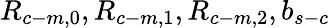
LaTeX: R_{c-m,0},R_{c-m,1},R_{c-m,2},b_{s-c}